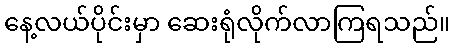
နေ့လယ်ပိုင်းမှာ ဆေးရုံလိုက်လာကြရသည်။